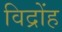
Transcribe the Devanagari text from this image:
विद्रोंह